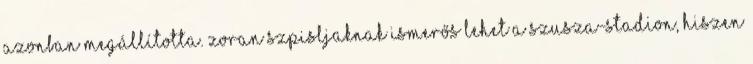
azonban megállította. Zoran Szpisljaknak ismerős lehet a Szusza-stadion, hiszen